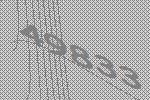
49833